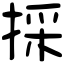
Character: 採